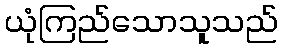
ယုံကြည်သောသူသည်